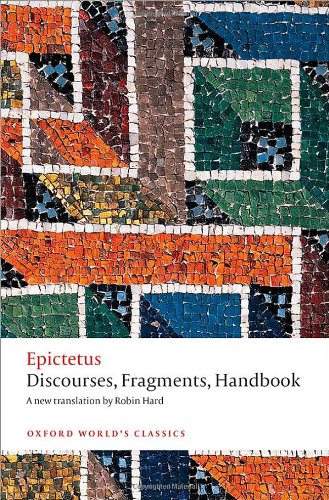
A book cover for Discourses, Fragments, Handbook (Oxford Worlds Classics); Epictetus; Politics & Social Sciences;